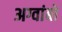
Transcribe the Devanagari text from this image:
अग्वांबो